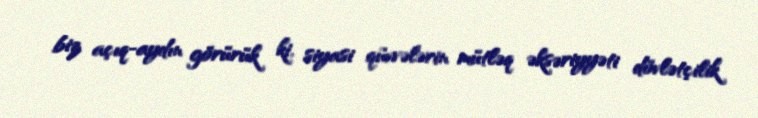
biz açıq-aydın görürük ki, siyasi qüvvələrin mütləq əksəriyyəti dövlətçilik